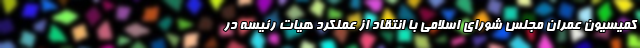
کمیسیون عمران مجلس شورای اسلامی با انتقاد از عملکرد هیات رئیسه در